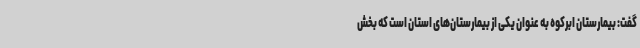
گفت: بیمارستان ابرکوه به عنوان یکی از بیمارستان‌های استان است که بخش